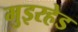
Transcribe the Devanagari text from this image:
मुइरहेड